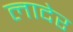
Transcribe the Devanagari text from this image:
लादेर